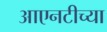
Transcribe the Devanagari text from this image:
आएनटीच्या